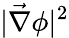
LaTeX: |\vec{\nabla}\phi|^{2}